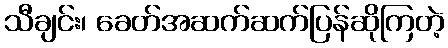
သီချင်း၊ ခေတ်အဆက်ဆက်ပြန်ဆိုကြတဲ့